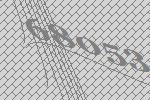
68053